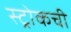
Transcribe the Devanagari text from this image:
स्ट्रोकची